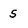
Character: s